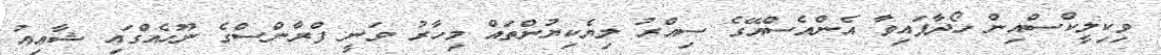
ވިކިލީކްސްއިން ހޯދާފައިވާ އެންއެސްއޭގެ ސިއްރު ލިޔެކިޔުންތައް މިހާރު ވަނީ ފްރާންސްގެ ނޫހެއްގައި ޝާޢިއު